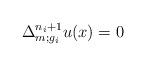
LaTeX: \begin{align*}\Delta_{m;g_i}^{n_i+1} u(x)=0\end{align*}